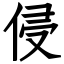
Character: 侵